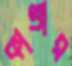
কাণ্ডার